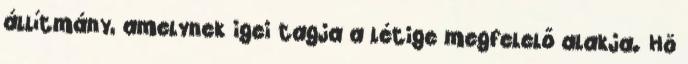
állítmány, amelynek igei tagja a létige megfelelő alakja. Hö